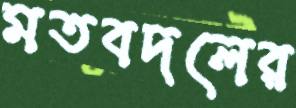
মতবদলের